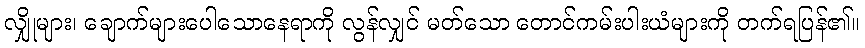
လျှိုများ၊ ချောက်များပေါသောနေရာကို လွန်လျှင် မတ်သော တောင်ကမ်းပါးယံများကို တက်ရပြန်၏။